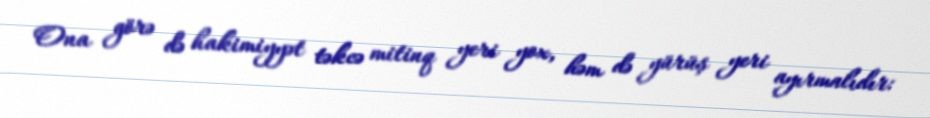
Ona görə də hakimiyyət təkcə mitinq yeri yox, həm də yürüş yeri ayırmalıdır: